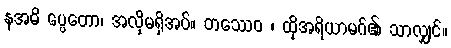
နအဓိ ပ္ပေတော၊ အလိုမရှိအပ်။ တဿေဝ ၊ ထိုအရိယာမဂ်၏ သာလျှင်။